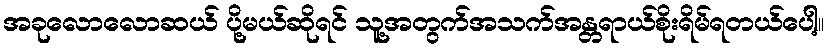
အခုလောလောဆယ် ပို့မယ်ဆိုရင် သူ့အတွက်အသက်အန္တရာယ်စိုးရိမ်ရတယ်ပေါ့။